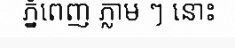
ភ្នំពេញ ភ្លាម ៗ នោះ